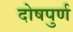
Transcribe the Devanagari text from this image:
दोषपुर्ण